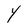
Character: Y